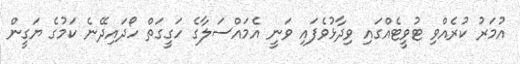
އުމަރު ކުރެއްވި ޓުވީޓެއްގައި ވިދާޅުވެފައި ވަނީ އެމައްސަލާގެ ހަގީގަތް ހޯދައިދޭނެ ކަމުގެ ޔަގީން